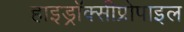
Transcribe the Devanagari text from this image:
हाइड्रॉक्सीप्रोपाइल